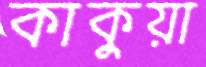
কাকুয়া